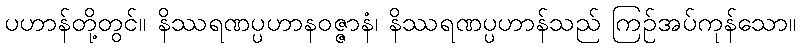
ပဟာန်တို့တွင်။ နိဿရဏပ္ပဟာနဝဇ္ဇာနံ၊ နိဿရဏပ္ပဟာန်သည် ကြဉ်အပ်ကုန်သော။